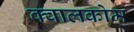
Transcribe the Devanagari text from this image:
क्वालकोम